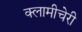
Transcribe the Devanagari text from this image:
क्‍लामीचेरी